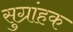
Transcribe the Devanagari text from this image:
सुग्रांहक